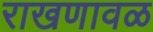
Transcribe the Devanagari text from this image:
राखणावळ